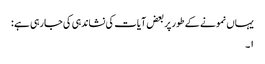
یہاں نمونے کے طور پر بعض آیات کی نشاندہی کی جارہی ہے :
١۔